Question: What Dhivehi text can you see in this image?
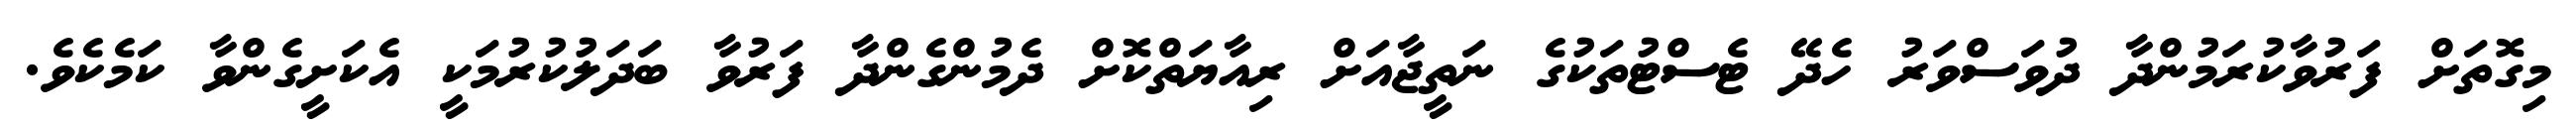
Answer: މިގޮތަށް ފަރުވާކުރަމުންދާ ދުވަސްވަރު ހެދޭ ޓެސްޓުތަކުގެ ނަތީޖާއަށް ރިއާޔަތްކޮށް ދެމުންގެންދާ ފަރުވާ ބަދަލުކުރުމަކީ އެކަށީގެންވާ ކަމެކެވެ.